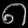
Digit: ၈